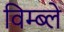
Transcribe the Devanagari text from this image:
विम्ब्ले